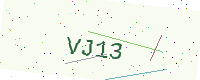
Text: VJ13